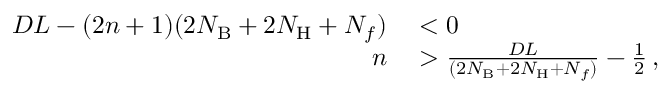
\begin{array} { r l } { D L - ( 2 n + 1 ) ( 2 N _ { \mathrm { B } } + 2 N _ { \mathrm { H } } + N _ { f } ) } & { { } < 0 } \\ { n } & { { } > \frac { D L } { ( 2 N _ { \mathrm { B } } + 2 N _ { \mathrm { H } } + N _ { f } ) } - \frac { 1 } { 2 } \, , } \end{array}